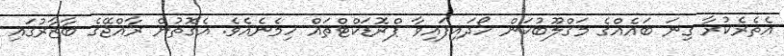
އެތެރެކުރާ ގިނަ ބައެއްގެ މަޤްލޫބުކަން ހޯދައިފައިވާ ޕްރޮޑަކްޓްތައް ހިމެނެއެވެ. އެގޮތުން ރާއްޖޭގެ ބާޒާރުގައި